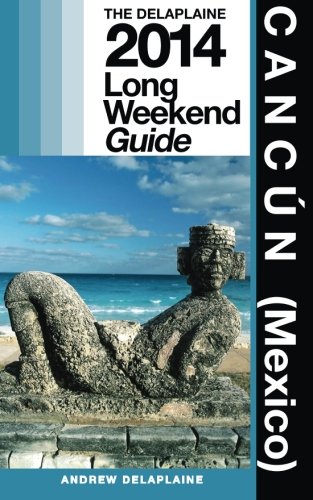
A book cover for Cancun (Mexico): Delaplaine's 2014 Long Weekend Guide (Long Weekend Guides); Andrew Delaplaine; Travel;